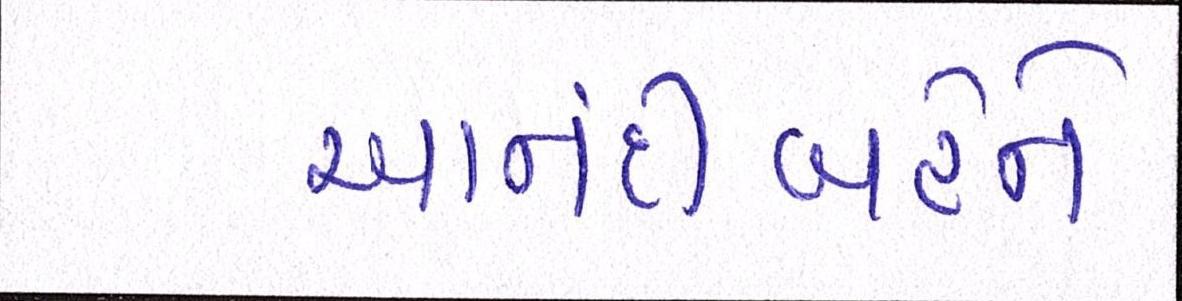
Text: આનંદીબહેને